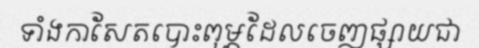
ទាំងកាសែតបោះពុម្ភដែលចេញផ្សាយជា